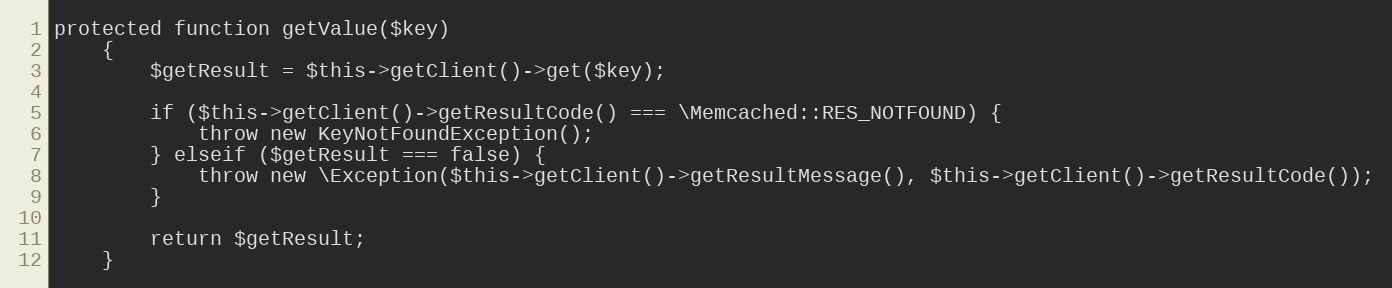
Language: PHP
protected function getValue($key)
    {
        $getResult = $this->getClient()->get($key);

        if ($this->getClient()->getResultCode() === \Memcached::RES_NOTFOUND) {
            throw new KeyNotFoundException();
        } elseif ($getResult === false) {
            throw new \Exception($this->getClient()->getResultMessage(), $this->getClient()->getResultCode());
        }

        return $getResult;
    }